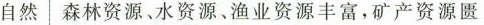
自然 森林资源、水资源、渔业、资源丰富，矿产资源匮